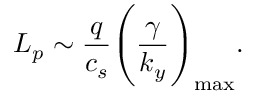
L _ { p } \sim \frac { q } { c _ { s } } \Bigg ( \frac { \gamma } { k _ { y } } \Bigg ) _ { \mathrm { { m a x } } } .